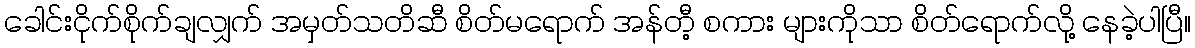
ခေါင်းငိုက်စိုက်ချလျှက် အမှတ်သတိဆီ စိတ်မရောက် အန်တီ့ စကား များကိုသာ စိတ်ရောက်လို့ နေခဲ့ပါပြီ။